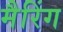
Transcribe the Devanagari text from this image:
मैरिंग